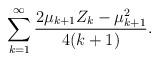
LaTeX: \begin{align*}\sum_{k=1}^{\infty}\frac{2\mu_{k+1}Z_{k}-\mu_{k+1}^2}{4(k+1)}. \end{align*}